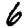
Digit: 6